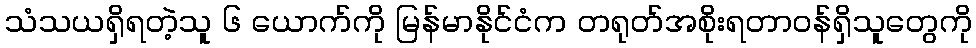
သံသယရှိရတဲ့သူ ၆ ယောက်ကို မြန်မာနိုင်ငံက တရုတ်အစိုးရတာဝန်ရှိသူတွေကို